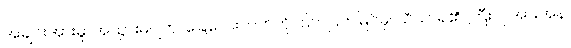
အချင်းအားမူ၊ အသွားမပျက်၊ ခြေလေးဘက်ကို၊ ပြက်ပြက်မြင်မှ၊ သိသာရ၏၊ ကြီးလှအားအန်၊